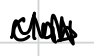
Text: club
Cross-out: zig-zag
Writing tool: digital_black